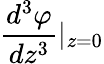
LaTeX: {\frac{d^{3}\varphi}{dz^{3}}}|_{z=0}